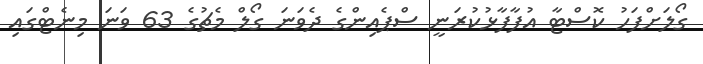
ގޯލަށްފަހު ކޮސްޓާ އުފާފާޅުކުރަނީ ސްޕެއިންގެ ދެވަނަ ގޯލް މެޗުގެ 63 ވަނަ މިނެޓްގައި